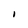
Character: I